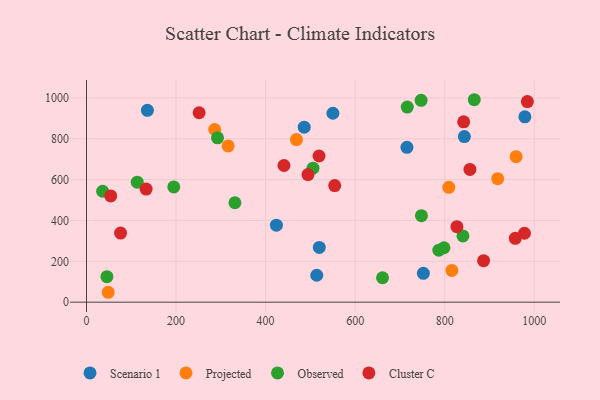
{"axis": {"x": "Study Hours", "y": "Yield"}, "legend": ["Cluster C", "Observed", "Projected", "Scenario 1"], "data": [{"x": "979.0", "y": 907.4, "type": "Scenario 1"}, {"x": "550.3", "y": 925.0, "type": "Scenario 1"}, {"x": "136.0", "y": 939.1, "type": "Scenario 1"}, {"x": "715.6", "y": 757.9, "type": "Scenario 1"}, {"x": "519.9", "y": 267.9, "type": "Scenario 1"}, {"x": "514.2", "y": 131.8, "type": "Scenario 1"}, {"x": "843.9", "y": 810.9, "type": "Scenario 1"}, {"x": "424.1", "y": 376.9, "type": "Scenario 1"}, {"x": "486.2", "y": 856.6, "type": "Scenario 1"}, {"x": "752.3", "y": 141.3, "type": "Scenario 1"}, {"x": "809.1", "y": 562.2, "type": "Projected"}, {"x": "316.3", "y": 765.1, "type": "Projected"}, {"x": "468.9", "y": 795.9, "type": "Projected"}, {"x": "286.2", "y": 845.4, "type": "Projected"}, {"x": "816.0", "y": 155.3, "type": "Projected"}, {"x": "959.4", "y": 712.3, "type": "Projected"}, {"x": "48.5", "y": 48.4, "type": "Projected"}, {"x": "918.3", "y": 604.8, "type": "Projected"}, {"x": "786.9", "y": 254.5, "type": "Observed"}, {"x": "866.0", "y": 991.1, "type": "Observed"}, {"x": "748.0", "y": 423.4, "type": "Observed"}, {"x": "45.6", "y": 124.9, "type": "Observed"}, {"x": "840.7", "y": 324.4, "type": "Observed"}, {"x": "113.3", "y": 587.4, "type": "Observed"}, {"x": "661.1", "y": 119.5, "type": "Observed"}, {"x": "505.8", "y": 656.0, "type": "Observed"}, {"x": "747.3", "y": 988.0, "type": "Observed"}, {"x": "798.3", "y": 266.5, "type": "Observed"}, {"x": "36.0", "y": 543.0, "type": "Observed"}, {"x": "716.4", "y": 955.2, "type": "Observed"}, {"x": "331.5", "y": 486.6, "type": "Observed"}, {"x": "194.9", "y": 564.4, "type": "Observed"}, {"x": "292.6", "y": 804.6, "type": "Observed"}, {"x": "251.5", "y": 927.3, "type": "Cluster C"}, {"x": "76.1", "y": 338.0, "type": "Cluster C"}, {"x": "886.8", "y": 203.2, "type": "Cluster C"}, {"x": "441.0", "y": 669.0, "type": "Cluster C"}, {"x": "978.1", "y": 337.4, "type": "Cluster C"}, {"x": "984.6", "y": 982.0, "type": "Cluster C"}, {"x": "957.6", "y": 312.5, "type": "Cluster C"}, {"x": "554.3", "y": 571.0, "type": "Cluster C"}, {"x": "827.3", "y": 369.8, "type": "Cluster C"}, {"x": "519.3", "y": 715.7, "type": "Cluster C"}, {"x": "133.2", "y": 553.5, "type": "Cluster C"}, {"x": "494.6", "y": 624.6, "type": "Cluster C"}, {"x": "54.1", "y": 520.3, "type": "Cluster C"}, {"x": "856.3", "y": 649.9, "type": "Cluster C"}, {"x": "842.3", "y": 882.7, "type": "Cluster C"}]}